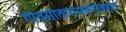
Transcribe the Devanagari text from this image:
गीतसीतारामवनविहार